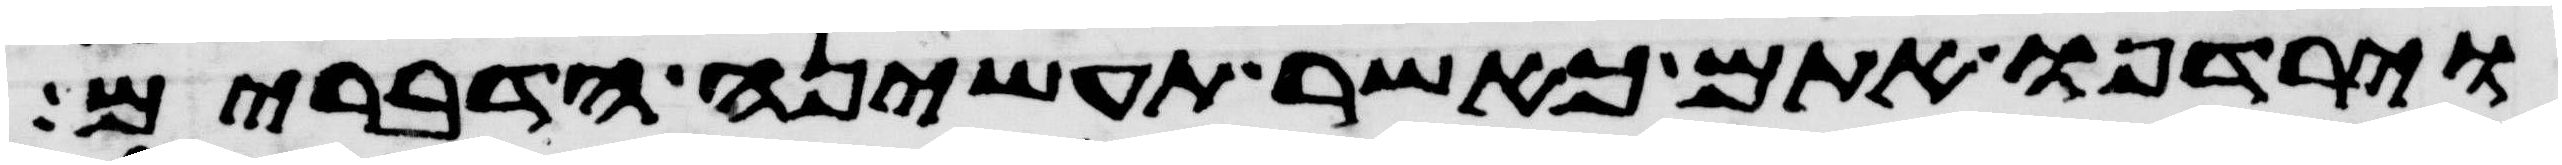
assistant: וירדפו אתם כאשר תעשינה הדברים